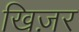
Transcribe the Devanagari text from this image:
खिज़र